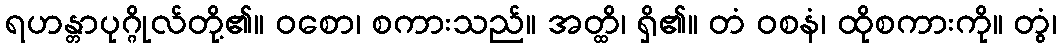
ရဟန္တာပုဂ္ဂိုလ်တို့၏။ ဝစော၊ စကားသည်။ အတ္ထိ၊ ရှိ၏။ တံ ဝစနံ၊ ထိုစကားကို။ တွံ၊